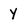
Character: Y